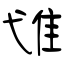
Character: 隿